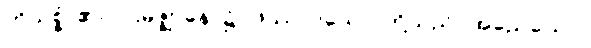
ဟိသစ္စံ၊ ၏။ ပဌမဇ္ဈာနေ၊ ၌။ ဖဿာဒယော၊ တို့သည်။ အညေယေဝ၊